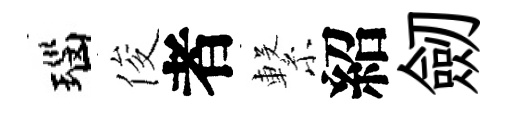
瑙俊者繋紹劒